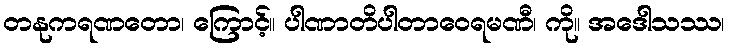
တနုကရဏတော၊ ကြောင့်။ ပါဏာတိပါတာဝေရမဏီ၊ ကို။ အဒေါသဿ၊